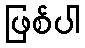
ဖြစ်ပါ